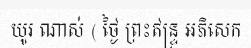
យូរ ណាស់ ( ថ្ងៃ ព្រះឥន្ទ្រ អភិសេក